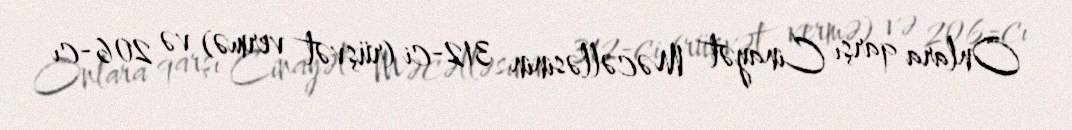
Onlara qarşı Cinayət Məcəlləsinin 312-ci (rüşvət vermə) və 206-cı